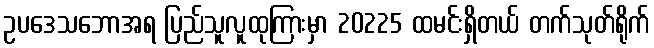
ဥပဒေသဘောအရ ပြည်သူလူထုကြားမှာ 20225 ထမင်းရှိတယ် တက်သုတ်ရိုက်